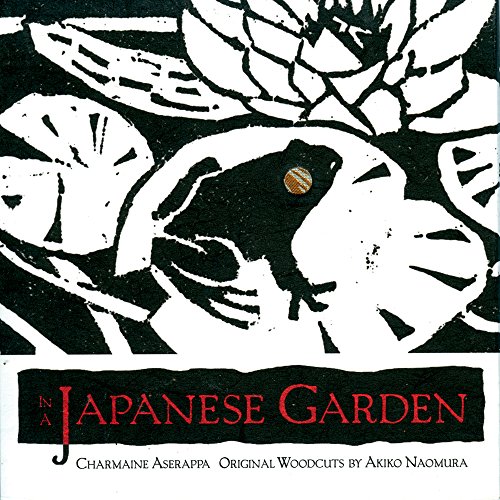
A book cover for In a Japanese Garden; Charmaine Aserappa; Crafts, Hobbies & Home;